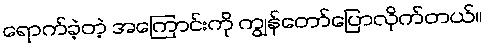
ရောက်ခဲ့တဲ့ အကြောင်းကို ကျွန်တော်ပြောလိုက်တယ်။